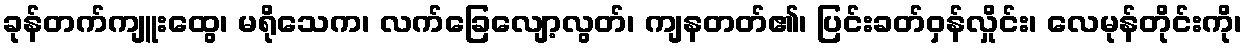
ခုန်တက်ကျူးထွေ၊ မရိုသေက၊ လက်ခြေလျော့လွတ်၊ ကျနတတ်၏၊ ပြင်းခတ်ဝှန်လှိုင်း၊ လေမုန်တိုင်းကို၊